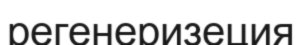
регенеризеция